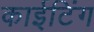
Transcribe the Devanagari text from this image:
काईटिंग